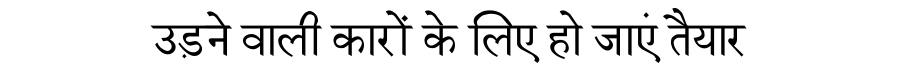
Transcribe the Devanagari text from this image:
उड़ने वाली कारों के लिए हो जाएं तैयार